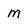
Character: m